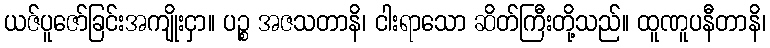
ယဇ်ပူဇော်ခြင်းအကျိုးငှာ။ ပဉ္စ အဇသတာနိ၊ ငါးရာသော ဆိတ်ကြီးတို့သည်။ ထူဏူပနီတာနိ၊